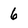
Character: 6